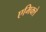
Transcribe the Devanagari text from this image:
एमिक्ले